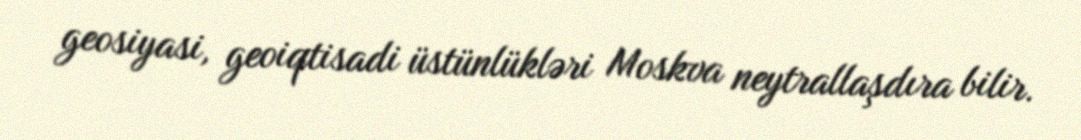
geosiyasi, geoiqtisadi üstünlükləri Moskva neytrallaşdıra bilir.